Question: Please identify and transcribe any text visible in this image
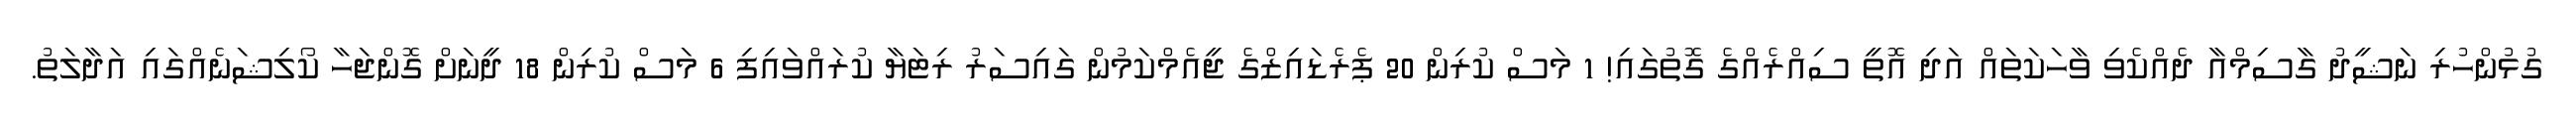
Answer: ގުޅުންހުރި ނަޝީދު ގާސިމްއާ ދެއްކެވި ވާހަކަތައް އަދި އޮތީ ސިއްރެއްގެ ގޮތުގައި! 1 މަސް ކުރިން 20 ޕެރެޑައިޒްގެ ޖީއެމްކަމުން ގައިސަރު ރިޓަޔާ ކުރައްވައިފި 6 މަސް ކުރިން 18 ދީނަށް ގޮންޖަހާ ކޯލިޝަނެއްގައި އަދާލަތު.